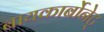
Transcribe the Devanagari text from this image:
बायकार्बोनेट्